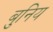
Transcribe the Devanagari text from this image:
बुनिय